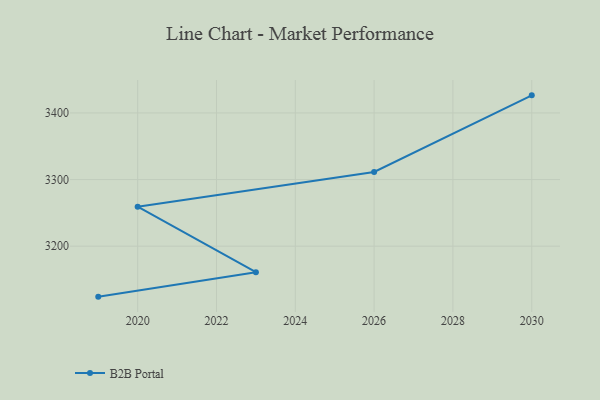
{"axis": {"x": "Year", "y": "Energy Usage (MWh)"}, "legend": ["B2B Portal"], "data": [{"x": "2019", "y": 3124.2, "type": "B2B Portal"}, {"x": "2023", "y": 3161.0, "type": "B2B Portal"}, {"x": "2020", "y": 3259.2, "type": "B2B Portal"}, {"x": "2026", "y": 3311.3, "type": "B2B Portal"}, {"x": "2030", "y": 3426.4, "type": "B2B Portal"}]}